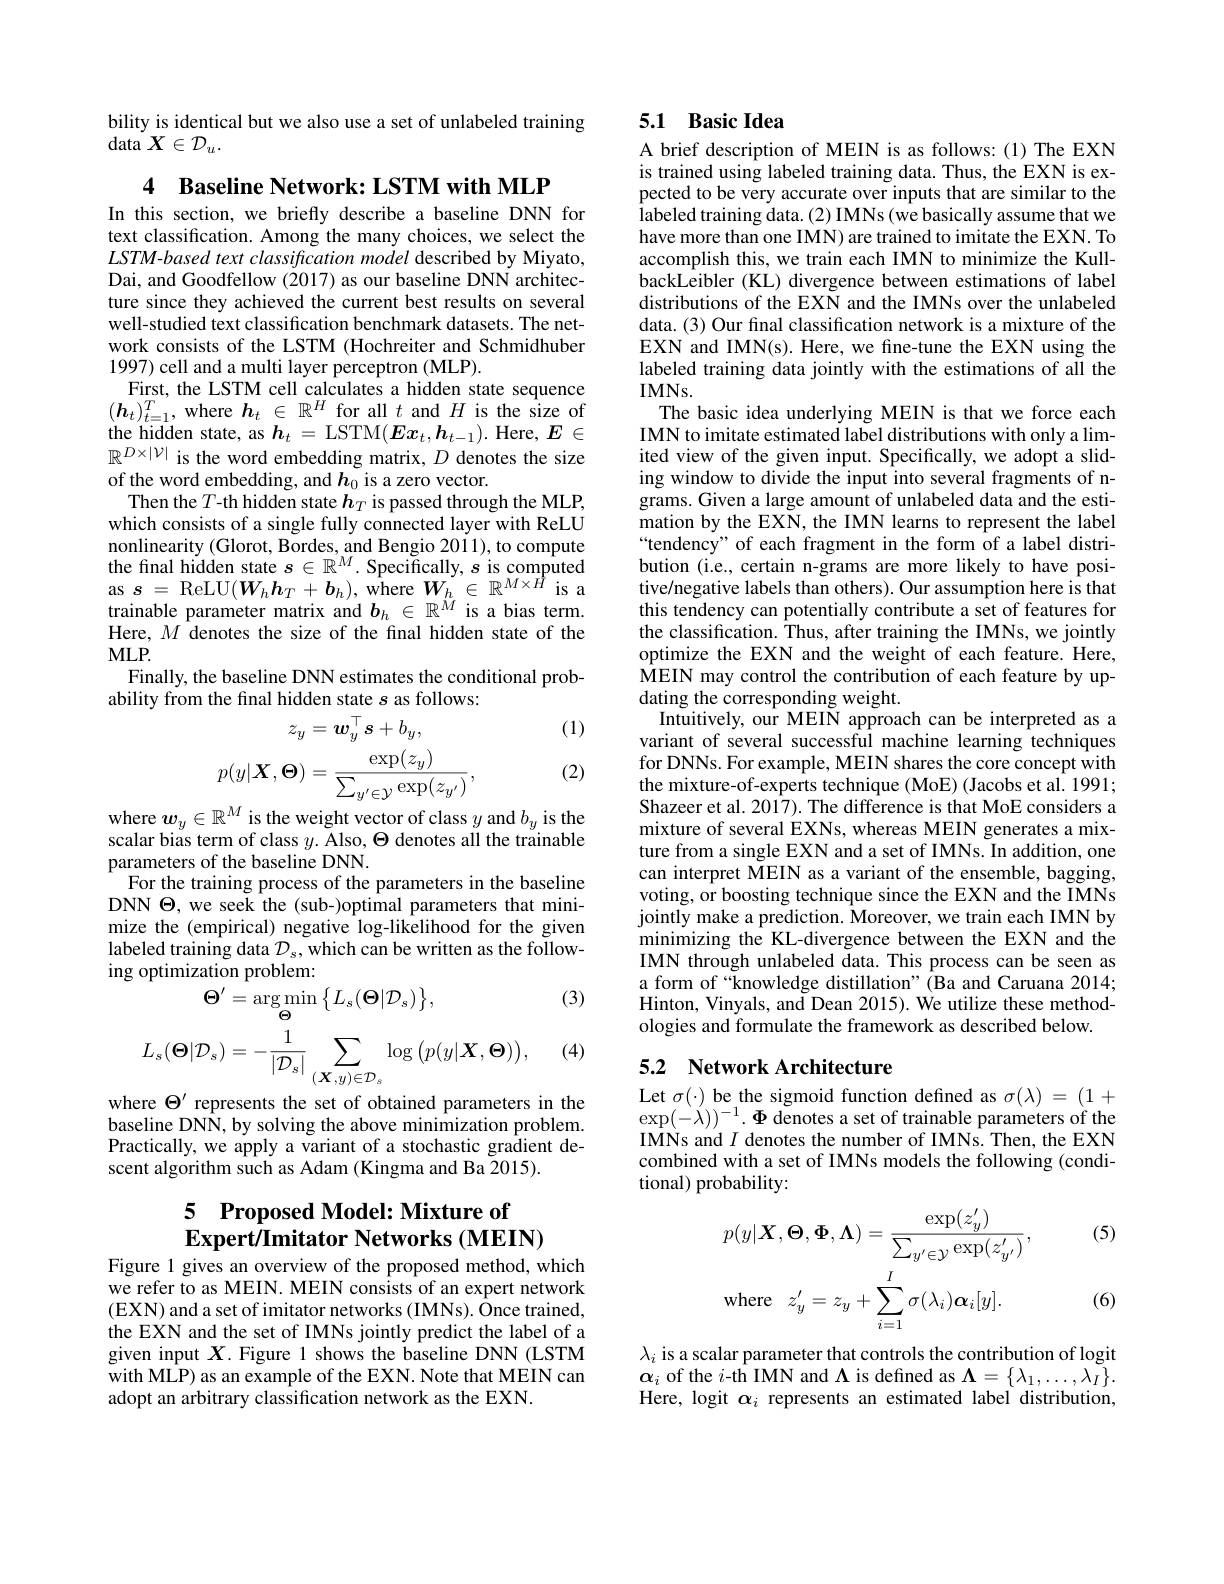
bility is identical but we also use a set of unlabeled training
$\operatorname{data}X\in\mathcal{D}_u.$

4 $\textbf{Baseline Network: LSTM with MLP}$

In this section, we briefly describe a baseline DNN for text classification. Among the many choices, we select the $LSTM-based$ text classification model described by Miyato, Dai, and Goodfellow (2017) as our baseline DNN architecture since they achieved the current best results on several well-studied text classification benchmark datasets. The network consists of the LSTM (Hochreiter and Schmidhuber 1997) cell and a multi layer perceptron (MLP).
First, the LSTM cell calculates a hidden state sequence $(\boldsymbol{h}_{t})_{t=1}^{T}$,where $\boldsymbol h_t\in\mathbb{R}^H$ for all $t$ and $H$ is the size of the hidden state, as $\boldsymbol{h}_t=$ LSTM$(\boldsymbol Ex_t,\boldsymbol{h}_{t-1}).$ Here, $\boldsymbol{E}\in$ $\mathbb{R}^{D\times|\mathcal{V}|\text{ is the word embedding matrix, }D\text{ denotes the size}}$ of the word embedding, and $h_0$ is a zero vector.
Then the $T$-th hidden state $h_T$ is passed through the MLP, which consists of a single fully connected layer with ReLU nonlinearity (Glorot, Bordes, and Bengio 2011),to compute the fınal hidden state $s\in\mathbb{R}^M.$ Specifically, $s$ is computed as $s=$ReLU$(\boldsymbol W_{h}\boldsymbol{h}_{T}+\boldsymbol{b}_{h})$,where $\boldsymbol W_{h}\in\mathbb{R}^{M\times\dot{H}}$ is a trainable parameter matrix and $b_h\in\mathbb{R}^{\ddot{M}}$ is a bias term. Here, $M$ denotes the size of the final hidden state of the $MLP.$
Finally, the baseline DNN estimates the conditional prob-
ability from the final hidden state $s$ as follows:
(1)
$$z_{y}=\boldsymbol{w}_{y}^{\top}\boldsymbol{s}+b_{y},\\p(y|\boldsymbol{X},\boldsymbol{\Theta})=\frac{\exp(z_{y})}{\sum_{y^{\prime}\in\mathcal{Y}}\exp(z_{y^{\prime}})},$$
(2)

where $\boldsymbol w_y\in\mathbb{R}^M$ is the weight vector of class $y$ and $b_y$ is the scalar bias term of class $y.$ Also, $\Theta$ denotes all the trainable parameters of the baseline DNN.
For the training process of the parameters in the baseline DNN $\Theta$, we seek the (sub-)optimal parameters that minimize the (empirical) negative log-likelihood for the given labeled training data $\mathcal{D}_s$, which can be written as the follow-
$$\begin{aligned}&\text{g opuninzauon prooicun.}\\&\Theta^{\prime}=\arg\operatorname*{min}_{\Theta}\big\{L_{s}(\Theta|\mathcal{D}_{s})\big\},\\&L_{s}(\Theta|\mathcal{D}_{s})=-\frac{1}{|\mathcal{D}_{s}|}\sum_{(X,y)\in\mathcal{D}_{s}}\log\big(p(y|\boldsymbol{X},\boldsymbol{\Theta})\big),\\\end{aligned}$$
(3)

(4)

where $\Theta^{\prime}$ represents the set of obtained parameters in the baseline DNN, by solving the above minimization problem. Practically, we apply a variant of a stochastic gradient descent algorithm such as Adam (Kingma and Ba 2015).

## 5 Proposed Model: Mixture of $\textbf{Expert/ Imitator Networks}\left ( \mathbf{MEIN}\right )$

Figure 1 gives an overview of the proposed method, which we refer to as MEIN. MEIN consists of an expert network (EXN) and a set of imitator networks (IMNs). Once trained, the EXN and the set of IMNs jointly predict the label of a given input $X$.Figure 1 shows the baseline DNN (LSTM with MLP) as an example of the EXN. Note that MEIN can adopt an arbitrary classification network as the EXN.

## 5.1 Basic Idea

A brief description of MEIN is as follows:(1) The EXN is trained using labeled training data. Thus, the EXN is expected to be very accurate over inputs that are similar to the labeled training data. (2) IMNs (we basically assume that we have more than one IMN) are trained to imitate the EXN. To accomplish this, we train each IMN to minimize the KullbackLeibler (KL) divergence between estimations of label distributions of the EXN and the IMNs over the unlabeled data. (3) Our final classification network is a mixture of the EXN and IMN(s). Here, we fine-tune the EXN using the labeled training data jointly with the estimations of all the $IMNs.$
The basic idea underlying MEIN is that we force each IMN to imitate estimated label distributions with only a limited view of the given input. Specifically, we adopt a sliding window to divide the input into several fragments of ngrams. Given a large amount of unlabeled data and the estimation by the EXN, the IMN learns to represent the label “tendency” of each fragment in the form of a label distribution (i.e., certain n-grams are more likely to have positive/negative labels than others). Our assumption here is that this tendency can potentially contribute a set of features for the classification. Thus, after training the IMNs, we jointly optimize the EXN and the weight of each feature. Here, $\hat{\text{MEIN may control the contribution of each feature by up-}}$ dating the corresponding weight.
Intuitively, our MEIN approach can be interpreted as a variant of several successful machine learning techniques for DNNs. For example, MEIN shares the core concept with the mixture-of-experts technique (MoE) (Jacobs et al. 1991; Shazeer et al. 2017). The difference is that MoE considers a mixture of several EXNs, whereas MEIN generates a mixture from a single EXN and a set of IMNs. In addition, one can interpret MEIN as a variant of the ensemble, bagging, voting, or boosting technique since the EXN and the IMNs jointly make a prediction. Moreover, we train each IMN by minimizing the KL-divergence between the EXN and the IMN through unlabeled data. This process can be seen as a form of“knowledge distillation”(Ba and Caruana 2014; Hinton, Vinyals, and Dean 2015). We utilize these methodologies and formulate the framework as described below.

# 5.2 Network Architecture

Let $\sigma(\cdot)$ be the sigmoid function defined as $\sigma(\lambda)=(1+$ $\exp(-\lambda))^{-1}.{\boldsymbol{\Phi}}$ denotes a set of trainable parameters of the IMNs and $I$ denotes the number of IMNs. Then, the EXN combined with a set of IMNs models the following (conditional) probability:

(5)
$$p(y|\boldsymbol{X},\boldsymbol{\Theta},\boldsymbol{\Phi},\boldsymbol{\Lambda})=\frac{\exp(z_{y}^{\prime})}{\sum_{y^{\prime}\in\mathcal{Y}}\exp(z_{y^{\prime}}^{\prime})},\\\mathrm{where}\quad z_{y}^{\prime}=z_{y}+\sum_{i=1}^{I}\sigma(\lambda_{i})\boldsymbol{\alpha}_{i}[y].$$
(6)

$\lambda_i$ is a scalar parameter that controls the contribution of logit $\boldsymbol{\alpha}_i$ of the $i$-th IMN and $\Lambda$ is defined as $\boldsymbol\Lambda=\{\lambda_1,\ldots,\lambda_I\}.$ Here, logit $\alpha_i$ represents an estimated label distribution,